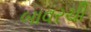
બાવરચી